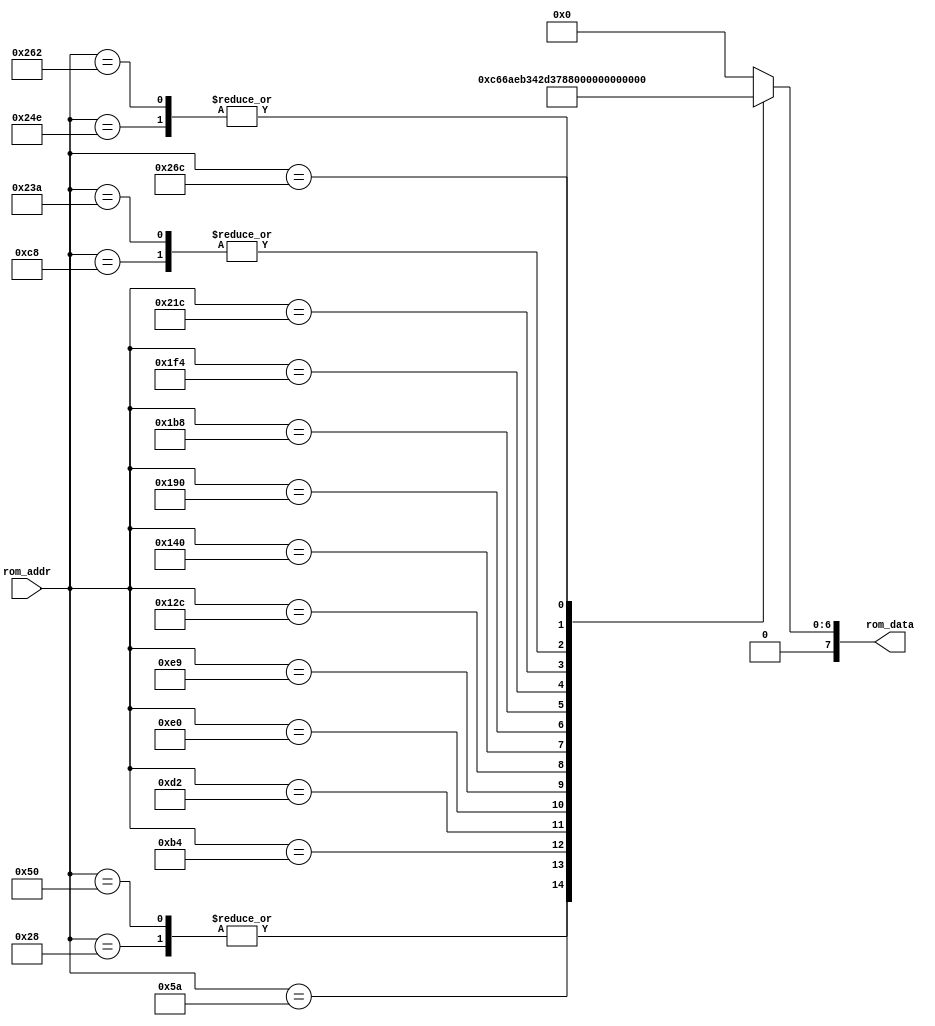
/*
* $Date: 2016-01-13 13:59:54 -0800 (Wed, 13 Jan 2016) $
* $Author: ssop $
* $Revision: 11 $
*/
`timescale 1 ns / 100 ps

/* 1k x 8 bit rom lookup  */
module rom_lookup #(parameter WIDTH=8) (
    input [9:0] rom_addr, //1024x8
    output reg [WIDTH-1:0] rom_data
);

    always @(*)
        case(rom_addr)
            'd40: rom_data = 8'd49;
            'd80: rom_data = 8'd49;
            'd84: rom_data = 8'd0;
            'd90: rom_data = 8'd77;
            'd180: rom_data = 8'd46;
            'd190: rom_data = 8'd0;

            'd200: rom_data = 8'd100;
            'd210: rom_data = 8'd89;
            'd224: rom_data = 8'd80;
            'd233: rom_data = 8'd90;
            'd300: rom_data = 8'd55;
            'd320: rom_data = 8'd66;
            
            'd400: rom_data = 8'd40;
            'd440: rom_data = 8'd20;
            'd500: rom_data = 8'd26;
            'd540: rom_data = 8'd59;
            'd570: rom_data = 8'd100;
            'd590: rom_data = 8'd10;
            'd610: rom_data = 8'd10;
            'd620: rom_data = 8'd41;
            default: rom_data = 8'h0;
        endcase
endmodule